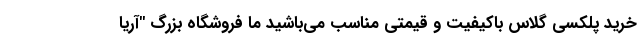
خرید پلکسی گلاس باکیفیت و قیمتی مناسب می‌باشید ما فروشگاه بزرگ "آریا